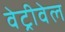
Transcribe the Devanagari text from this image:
वेट्रीवेल